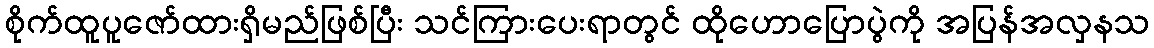
စိုက်ထူပူဇော်ထားရှိမည်ဖြစ်ပြီး သင်ကြားပေးရာတွင် ထိုဟောပြောပွဲကို အပြန်အလှနသ